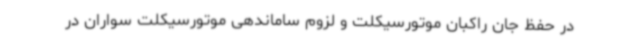
در حفظ جان راکبان موتورسیکلت و لزوم ساماندهی موتورسیکلت سواران در